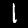
Digit: 1